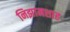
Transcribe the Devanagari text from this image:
निझामशाह